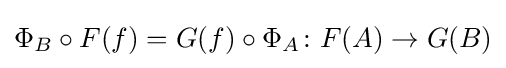
\Phi _{B}\circ F(f)=G(f)\circ \Phi _{A}\colon F(A)\to G(B)